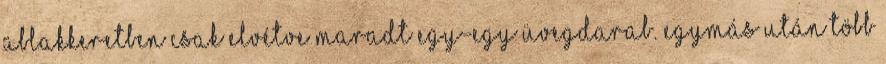
ablakkeretben csak elvétve maradt egy-egy üvegdarab. Egymás után több